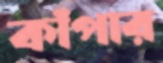
কাঁপার